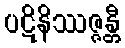
ပဋိနိဿဇ္ဇန္တီ